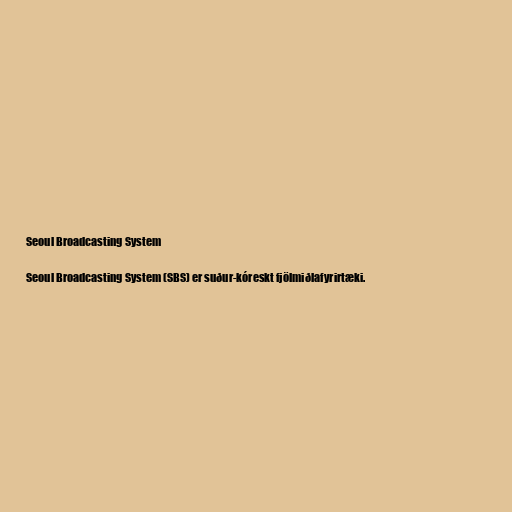
Seoul Broadcasting System

Seoul Broadcasting System (SBS) er suður-kóreskt fjölmiðlafyrirtæki.